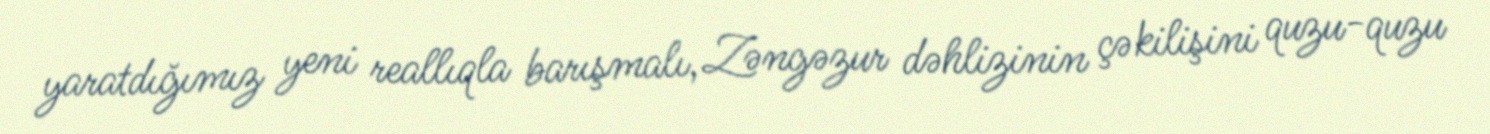
yaratdığımız yeni reallıqla barışmalı, Zəngəzur dəhlizinin çəkilişini quzu-quzu